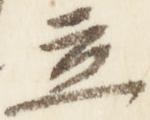
立